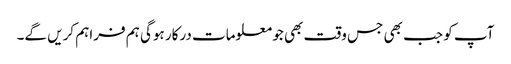
آپ کو جب بھی جس وقت بھی جو معلومات درکار ہوگی ہم فراہم کریں گے۔